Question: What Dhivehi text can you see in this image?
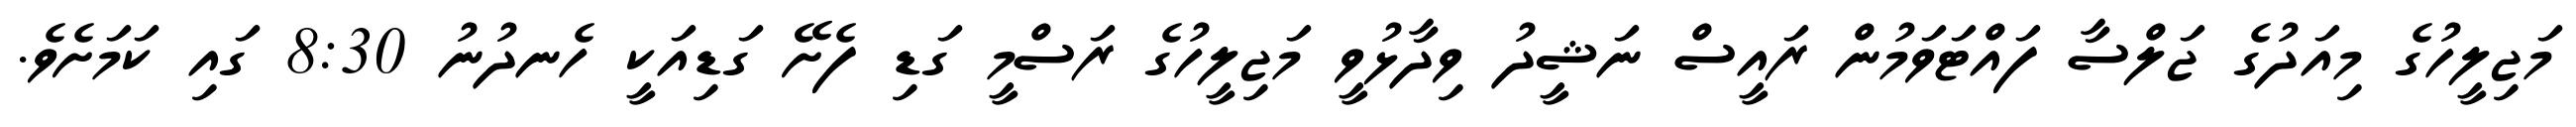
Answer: މަޖިލީހުގެ މިއަދުގެ ޖަލްސާ ފައްޓަވަމުން ރައީސް ނަޝީދު ވިދާޅުވީ މަޖިލީހުގެ ރަސްމީ ގަޑި ފެށޭ ގަޑިއަކީ ހެނދުނު 8:30 ގައި ކަމަށެވެ.